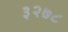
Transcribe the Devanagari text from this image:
३२७८